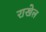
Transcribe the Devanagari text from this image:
राखेल